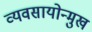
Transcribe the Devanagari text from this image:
व्यवसायोन्मुख